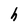
Character: h